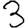
Digit: 3